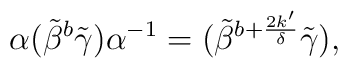
\alpha (\tilde{\beta}^b \tilde{\gamma}) \alpha^{-1} =(\tilde{\beta}^{b+\frac{2k'}{\delta}} \tilde{\gamma}),